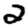
Digit: 2